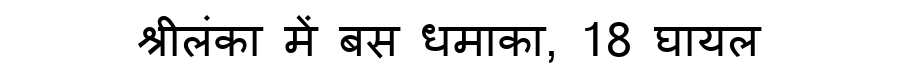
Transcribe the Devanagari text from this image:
श्रीलंका में बस धमाका, 18 घायल